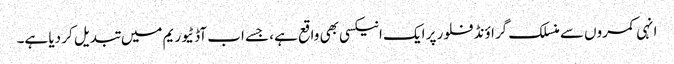
انہی کمروں سے منسلک گراؤنڈ فلور پر ایک انیکسی بھی واقع ہے، جسے اب آڈٹیوریم میں تبدیل کر دیا ہے۔